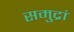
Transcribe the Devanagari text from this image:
समुद्रां